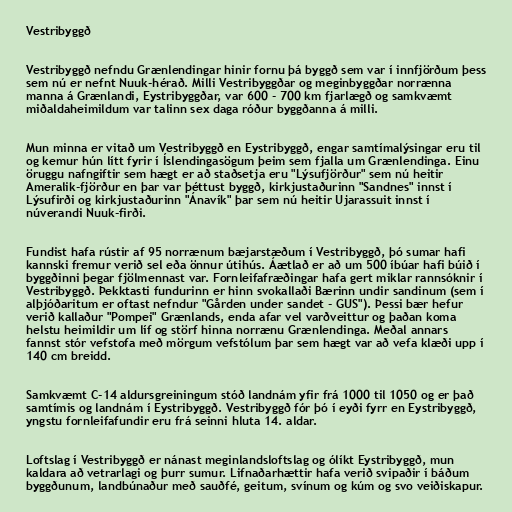
Vestribyggð

Vestribyggð nefndu Grænlendingar hinir fornu þá byggð sem var í innfjörðum þess
sem nú er nefnt Nuuk-hérað. Milli Vestribyggðar og meginbyggðar norrænna
manna á Grænlandi, Eystribyggðar, var 600 - 700 km fjarlægð og samkvæmt
miðaldaheimildum var talinn sex daga róður byggðanna á milli.

Mun minna er vitað um Vestribyggð en Eystribyggð, engar samtímalýsingar eru til
og kemur hún lítt fyrir í Íslendingasögum þeim sem fjalla um Grænlendinga. Einu
öruggu nafngiftir sem hægt er að staðsetja eru "Lýsufjörður" sem nú heitir
Ameralik-fjörður en þar var þéttust byggð, kirkjustaðurinn "Sandnes" innst í
Lýsufirði og kirkjustaðurinn "Ánavík" þar sem nú heitir Ujarassuit innst í
núverandi Nuuk-firði.

Fundist hafa rústir af 95 norrænum bæjarstæðum í Vestribyggð, þó sumar hafi
kannski fremur verið sel eða önnur útihús. Áætlað er að um 500 íbúar hafi búið í
byggðinni þegar fjölmennast var. Fornleifafræðingar hafa gert miklar rannsóknir í
Vestribyggð. Þekktasti fundurinn er hinn svokallaði Bærinn undir sandinum (sem í
alþjóðaritum er oftast nefndur "Gården under sandet - GUS"). Þessi bær hefur
verið kallaður "Pompei" Grænlands, enda afar vel varðveittur og þaðan koma
helstu heimildir um líf og störf hinna norrænu Grænlendinga. Meðal annars
fannst stór vefstofa með mörgum vefstólum þar sem hægt var að vefa klæði upp í
140 cm breidd.

Samkvæmt C-14 aldursgreiningum stóð landnám yfir frá 1000 til 1050 og er það
samtímis og landnám í Eystribyggð. Vestribyggð fór þó í eyði fyrr en Eystribyggð,
yngstu fornleifafundir eru frá seinni hluta 14. aldar.

Loftslag í Vestribyggð er nánast meginlandsloftslag og ólíkt Eystribyggð, mun
kaldara að vetrarlagi og þurr sumur. Lifnaðarhættir hafa verið svipaðir í báðum
byggðunum, landbúnaður með sauðfé, geitum, svínum og kúm og svo veiðiskapur.